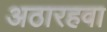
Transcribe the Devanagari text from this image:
अठारहवा